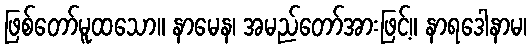
ဖြစ်တော်မူထသော။ နာမေန၊ အမည်တော်အားဖြင့်။ နာရဒေါနာမ၊